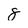
Character: 8